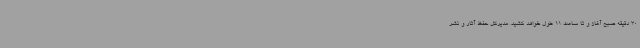
30 دقیقه صبح آغاز و تا ساعت 11 طول خواهد کشید. مدیرکل حفظ آثار و نشر